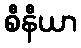
စီနီယာ